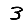
Digit: 3